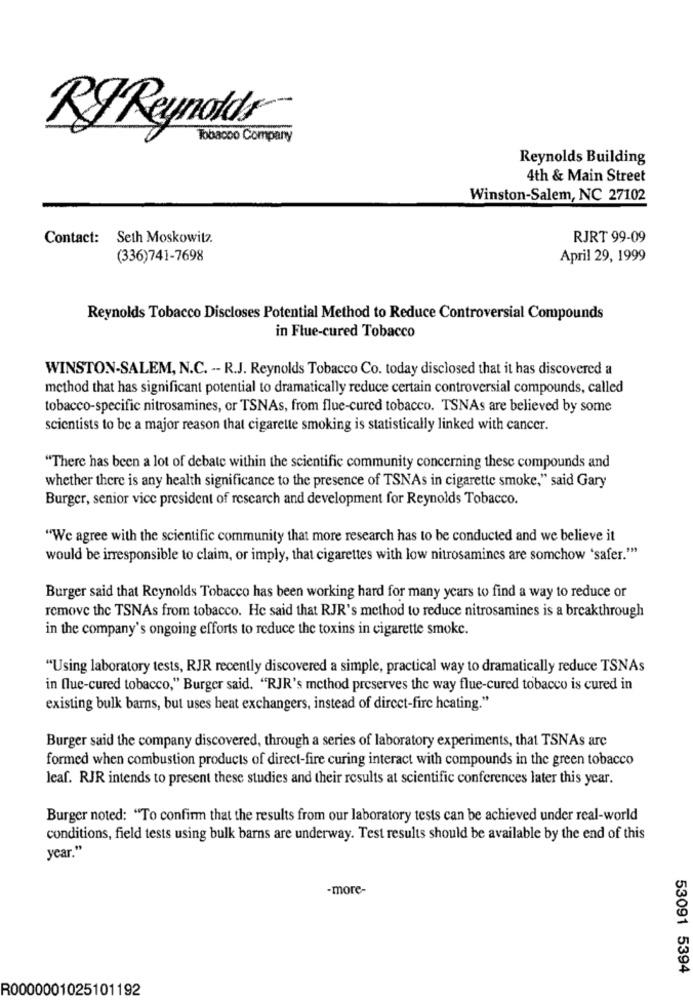
RJ Reynolds
Tobacco Company
Reynolds Building
4th & Main Street
Winston-Salem, NC 27102
Contact: Seth Moskowitz.
RJRT 99-09
(336)741-7698
April 29, 1999
Reynolds Tobacco Discloses Potential Method to Reduce Controversial Compounds
in Flue-cured Tobacco
WINSTON-SALEM, N.C. -- R.J. Reynolds Tobacco Co. today disclosed that it has discovered a
method that has significant potential to dramatically reduce certain controversial compounds, called
tobacco-specific nitrosamines, or TSNAs, from flue-cured tobacco. TSNAs are believed by some
scientists to be a major reason that cigarette smoking is statistically linked with cancer.
"There has been a lot of debate within the scientific community concerning these compounds and
whether there is any health significance to the presence of TSNAs in cigarette smoke," said Gary
Burger, senior vice president of research and development for Reynolds Tobacco.
"We agree with the scientific community that more research has to be conducted and we believe it
would be irresponsible to claim, or imply, that cigarettes with low nitrosamines are somchow 'safer.""
Burger said that Reynolds Tobacco has been working hard for many years to find a way to reduce or
remove the TSNAs from tobacco. He said that RJR's method to reduce nitrosamines is a breakthrough
in the company's ongoing efforts to reduce the toxins in cigarette smoke.
"Using laboratory tests, RJR recently discovered a simple, practical way to dramatically reduce TSNAs
in flue-cured tobacco," Burger said. "RJR's method preserves the way flue-cured tobacco is cured in
existing bulk barns, but uses heat exchangers, instead of direct-fire heating."
Burger said the company discovered, through a series of laboratory experiments, that TSNAs arc
formed when combustion products of direct-fire curing interact with compounds in the green tobacco
leaf. RJR intends to present these studies and their results at scientific conferences later this year.
Burger noted: "To confirm that the results from our laboratory tests can be achieved under real-world
conditions, field tests using bulk barns are underway. Test results should be available by the end of this
year."
-more-
53091 5394
R0000001025101192